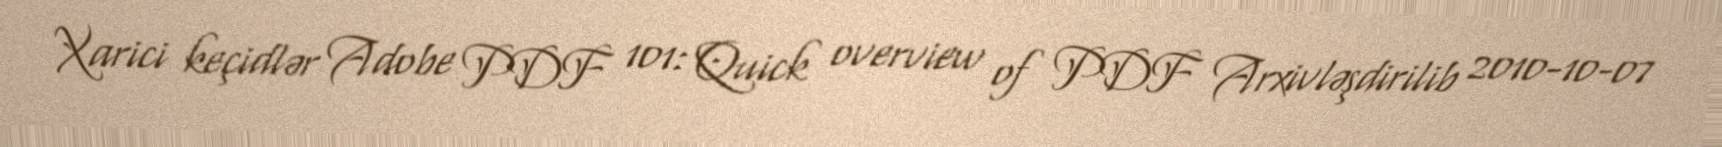
Xarici keçidlər Adobe PDF 101: Quick overview of PDF Arxivləşdirilib 2010-10-07